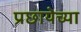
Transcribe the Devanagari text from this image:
प्रछायेच्या